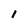
Character: 1